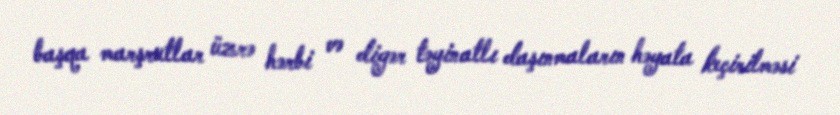
başqa marşrutlar üzrə hərbi və digər təyinatlı daşınmaların həyata keçirilməsi